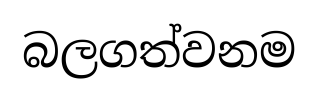
බලගත්වනම